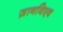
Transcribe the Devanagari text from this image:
ज़ानविएव